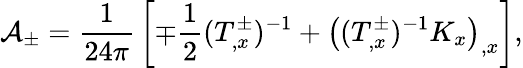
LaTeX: {\cal A}_{\pm}={\frac{1}{24\pi}}\left[\mp{\frac{1}{2}}(T_{,x}^{\pm})^{-1}+\left((T_{,x}^{\pm})^{-1}K_{x}\right)_{,x}\right],